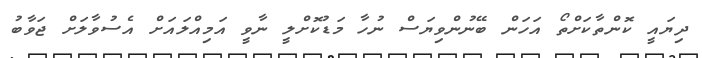
ދިޔައީ ކޮންތާކަށްތޯ އަހަން ބޭނުންވިޔަސް ނުހާ މަޑުކޮށްލީ ނާވީ އަމިއްލައަށް އެސުވާލަށް ޖަވާބު